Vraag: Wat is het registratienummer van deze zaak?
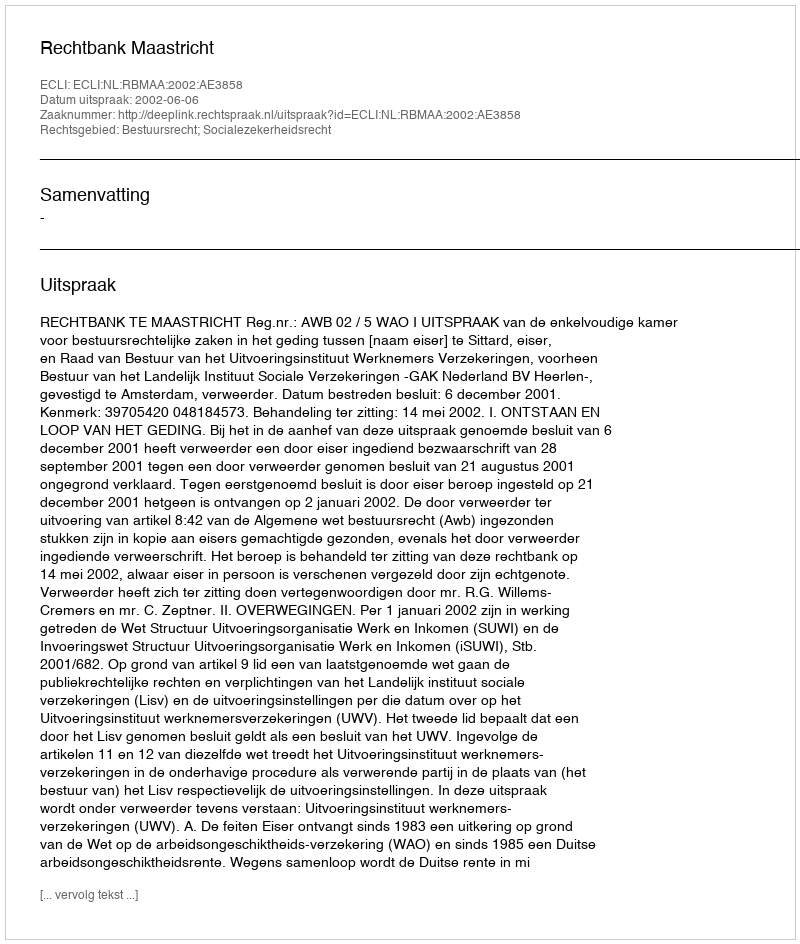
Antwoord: http://deeplink.rechtspraak.nl/uitspraak?id=ECLI:NL:RBMAA:2002:AE3858